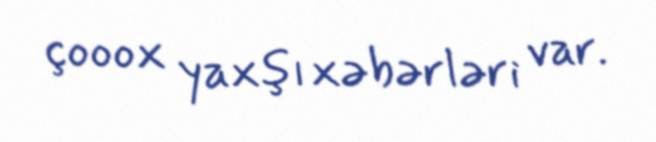
çooox yaxşı xəbərləri var.